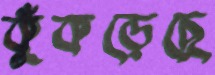
কুঁকড়েছে